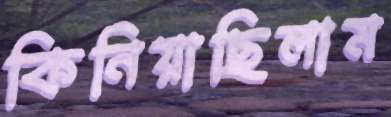
কিনিয়াছিলাম